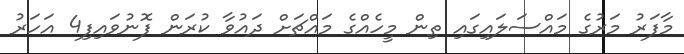
މާފަރު މަރުގެ މައްސަލައިގައި ތިން މީހެއްގެ މައްޗަށް ދައުވާ ކުރަން ފޮނުވައިފި4 އަހަރު